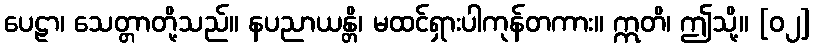
ပေဠာ၊ သေတ္တာတို့သည်။ နပညာယန္တိ၊ မထင်ရှားပါကုန်တကား။ ဣတိ၊ ဤသို့။ [၀၂]